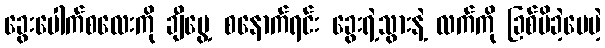
ခွေးပေါက်စလေးကို ချီပွေ့ စနောက်ရင်း ခွေးရဲ့သွားနဲ့ လက်ကို ခြစ်မိခဲ့ပေမဲ့